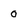
Character: 0